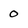
Character: o